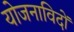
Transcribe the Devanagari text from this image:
योजनाविदों